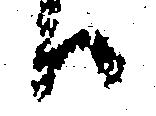
ハ